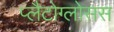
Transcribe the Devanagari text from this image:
प्लैटोग्लोसस